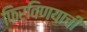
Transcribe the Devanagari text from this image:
फिरविण्याची